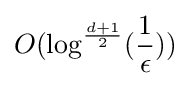
O(\log ^{\frac {d+1}{2}}({\frac {1}{\epsilon }}))